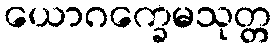
ယောဂက္ခေမသုတ္တ